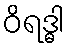
ဝိရဒ္ဓါ